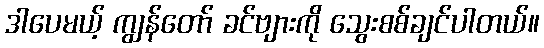
ဒါပေမယ့် ကျွန်တော် ခင်ဗျားကို သွေးစစ်ချင်ပါတယ်။